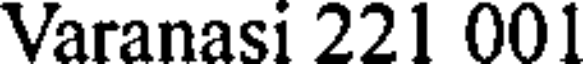
Varanasi 221 001